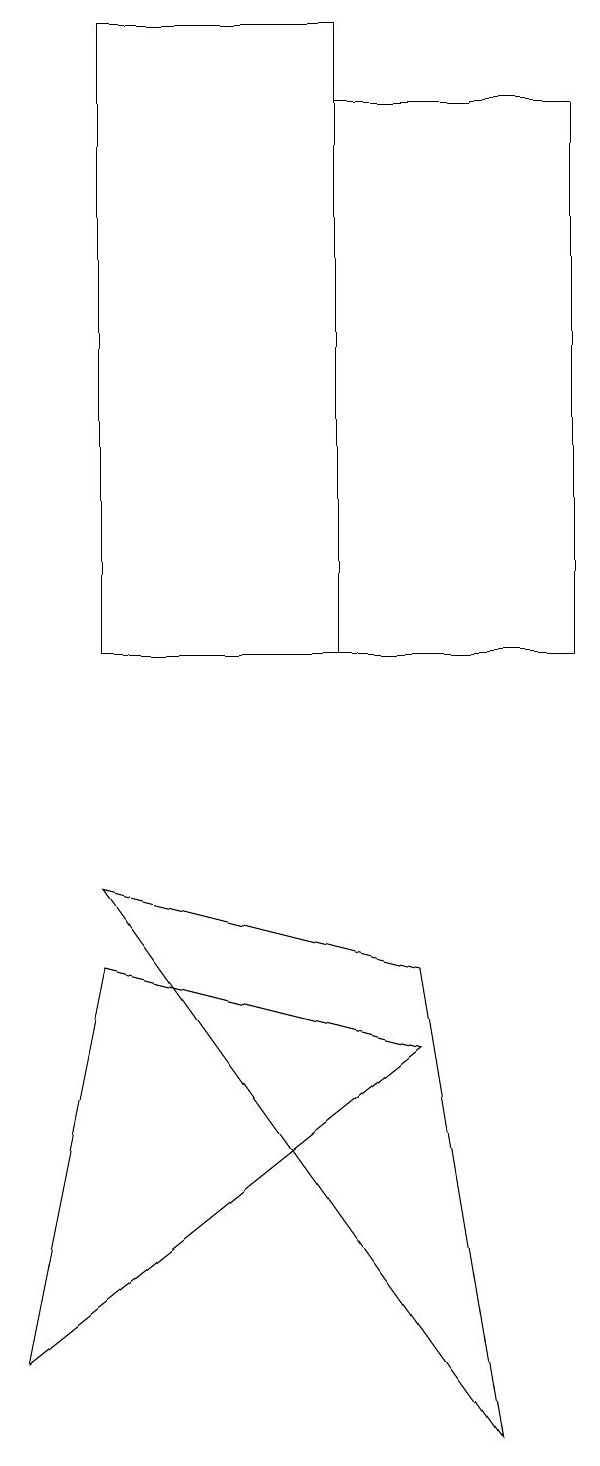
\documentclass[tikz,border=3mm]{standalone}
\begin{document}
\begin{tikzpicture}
\draw (1,7) -- (0,2) -- (5,6) -- cycle;
\draw (7,11) rectangle (4,18);
\draw (6,1) -- (1,8) -- (5,7) -- cycle;
\draw (1,19) rectangle (4,11);
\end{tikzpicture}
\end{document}